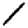
Digit: 1